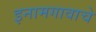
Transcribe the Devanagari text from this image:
इनामगावाचे